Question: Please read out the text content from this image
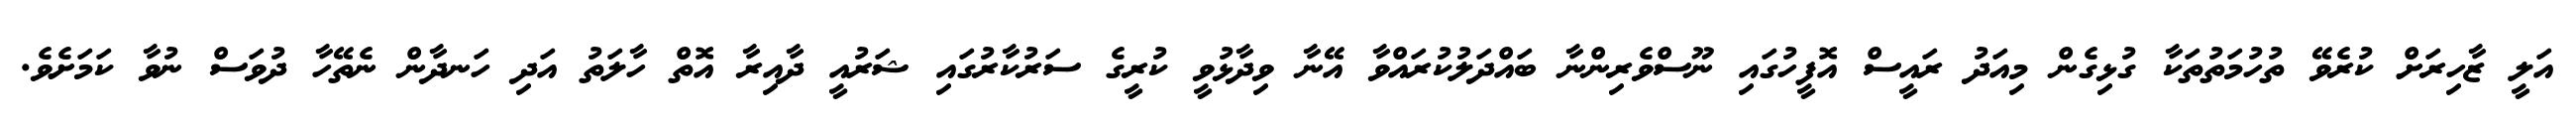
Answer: އަލީ ޒާހިރަށް ކުރެވޭ ތުހުމަތުތަކާ ގުޅިގެން މިއަދު ރައީސް އޮފީހުގައި ނޫސްވެރިންނާ ބައްދަލުކުރައްވާ އޭނާ ވިދާޅުވީ ކުރީގެ ސަރުކާރުގައި ޝަރުއީ ދާއިރާ އޮތް ހާލަތު އަދި ހަނދާން ނެތޭހާ ދުވަސް ނުވާ ކަމަށެވެ.